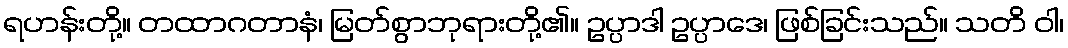
ရဟန်းတို့။ တထာဂတာနံ၊ မြတ်စွာဘုရားတို့၏။ ဥပ္ပာဒါ ဥပ္ပာဒေ၊ ဖြစ်ခြင်းသည်။ သတိ ဝါ၊